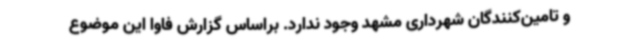
و تامین‌کنندگان شهرداری مشهد وجود ندارد. براساس گزارش فاوا این موضوع